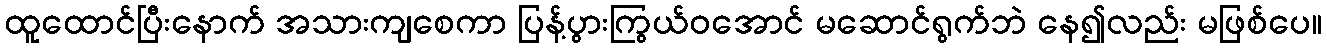
ထူထောင်ပြီးနောက် အသားကျစေကာ ပြန့်ပွားကြွယ်ဝအောင် မဆောင်ရွက်ဘဲ နေ၍လည်း မဖြစ်ပေ။